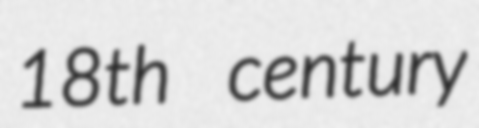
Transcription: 18th century